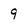
Character: 9